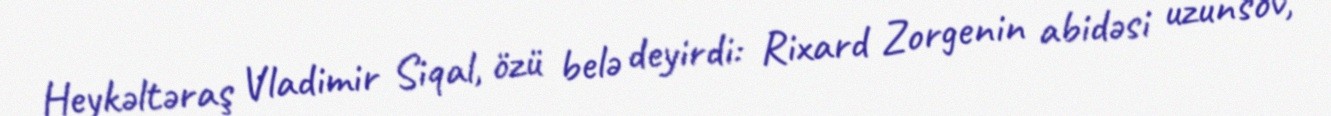
Heykəltəraş Vladimir Siqal, özü belə deyirdi: Rixard Zorgenin abidəsi uzunsov,